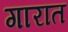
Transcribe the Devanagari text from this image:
गारात